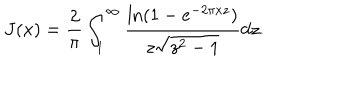
J ( x ) = \frac { 2 } { \pi } \int _ { 1 } ^ { \infty } \frac { \ln ( 1 - e ^ { - 2 \pi x z } ) } { z \sqrt { z ^ { 2 } - 1 } } d z .